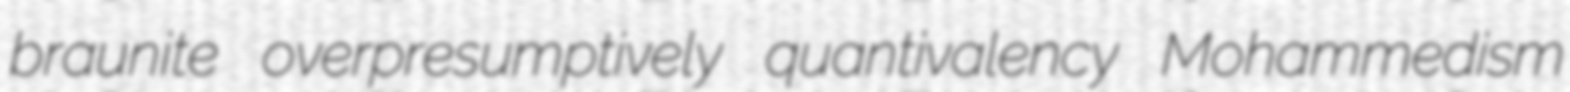
braunite overpresumptively quantivalency Mohammedism